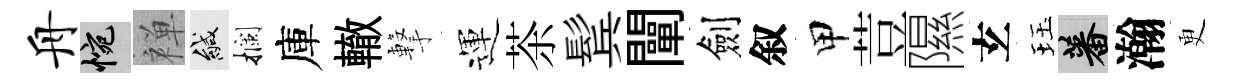
舟惋禅緘攔庫轍撃運茶鬂闡劍叙甲荳隰𤣥珏蕃瀚更